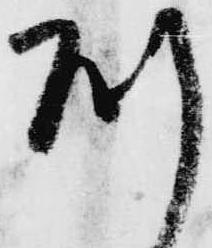
則